Report on the lunatic asylums under the Government of Bombay - 1904-1913
Year: 1904
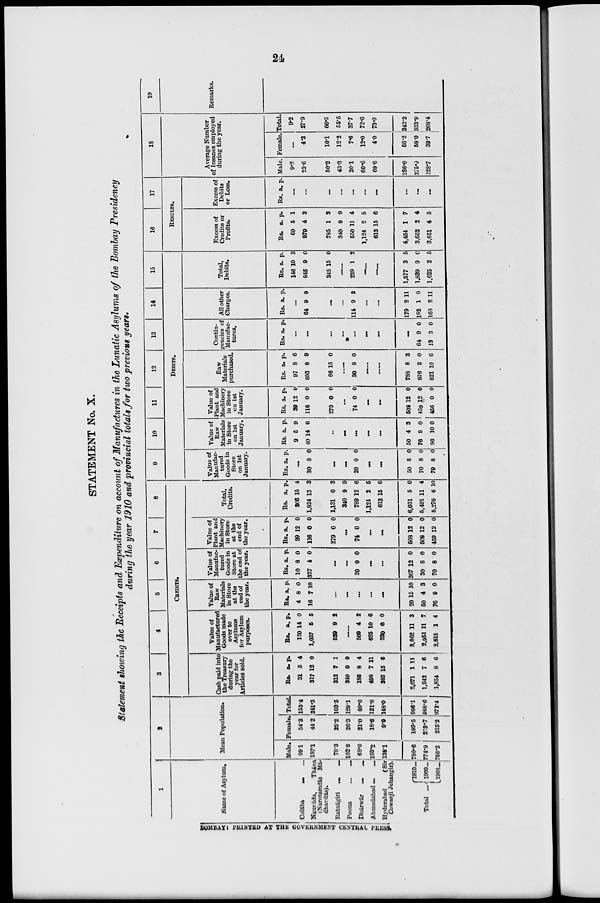
24
STATEMENT No. X.
Statement showing the Receipts and Expenditure on account of Manufactures in the Lunatic Asylums of the Bombay Presidency
during the year 1910 and provincial totals for two previous years.
1
Name of Asylum.
Colába ... ...
Naupáda,
Thána
(Narotamdás Má
dhavdás).
Ratnágiri
...
...
Poona
...
...
Dhárwár
...
...
Ahmedabad ... ...
Hyderabad
(Sir
Cowasji Jehangir).
Total ...
1910...
1909...
1908...
2
Mean Population.
Male.
99.1
197.1
78.3
102.8
68.0
103.2
138.1
786.6
774.9
756.2
Female.
54.3
44.2
25.2
26.3
21.0
18.6
9.9
199.5
213.7
215.2
Total.
153.4
241.3
103.5
129.1
89.0
121.8
148.0
986.1
988.6
971.4
3
4
5
6
7
8
CREDITS.
Cash paid into
the Treasury
during the
year for
Articles sold.
Rs.
31
317
312
340
186
498
383
2,071
1,942
1,854
a.
5
12
7
9
8
7
15
1
7
8
p.
4
0
1
9
4
11
6
11
6
6
Value of
Manufactured
Goods made
over to
Asylums
for Asylum
purposes.
Rs.
120
1,037
539
a.
14
5
9
p.
0
5
2
......
509
625
230
3,062
2,951
2,815
4
10
0
11
11
1
2
6
0
3
7
4
Value of
Raw
Materials
in Store
at the
end of
the year.
Rs.
4
16
a.
8
7
p.
0
10
...
...
...
...
...
20
50
76
15
4
9
10
3
0
Value of
Manufac-
tured
Goods in
Store at
the end of
the year.
Rs.
10
337
a.
8
4
p.
0
0
...
...
20 0 0
...
...
367
30
70
12
8
8
0
0
0
Value of
Plant and
Machinery
in Store
at the
end of
the year.
Rs.
39
116
279
a.
12
0
0
p.
0
0
0
...
74 0 0
...
...
508
508
459
12
12
12
0
0
0
Total,
Credits.
Rs.
206
1,824
1,131
340
789
1,124
613
6,031
5,491
5,276
a.
15
13
0
9
12
2
15
5
11
6
p.
4
3
3
9
6
5
6
0
4
10
9
10
11
12
13
14
15
DEBITS.
Value of
Manufac-
tured
Goods in
Store
on 1st
January.
Rs. a. p.
...
30 8 0
...
...
20 0 0
...
...
50
70
79
8
8
8
0
0
0
Value of
Raw
Materials
in Store
on 1st
January.
Rs.
9
40
a.
5
14
p.
9
6
...
...
...
...
...
50
76
86
4
9
10
3
0
0
Value of
Plant and
Machinery
in Store
on 1st
January.
Rs.
39
116
279
a.
12
0
0
p.
0
0
0
...
74 0 0
...
...
508
459
456
12
12
0
0
0
0
Raw
Materials
purchased.
Rs.
97
593
66
a.
8
8
15
p.
6
9
0
......
30 8 0
......
......
788
976
821
8
2
10
3
0
6
Contin-
gencies of
Manufac-
tures.
Rs. a p.
...
...
...
...
...
...
...
...
64
13
9
3
0
0
All other
Charges.
Rs. a. p.
...
64 9 9
...
...
114 9 2
...
...
179
192
163
2
1
2
11
0
11
Total,
Debits.
Rs.
146
845
345
a.
10
9
15
p.
3
0
0
......
239 1 2
......
......
1,577
1,839
1,625
3
9
2
5
0
5
16
17
RESULTS.
Excess of
Credits or
Profits.
Rs.
60
979
785
340
550
1,124
613
4,454
3,652
3,651
a.
5
4
1
9
11
2
15
1
2
4
p.
1
3
3
9
4
5
6
7
4
5
Excess of
Debits
or Loss.
Rs. a. p.
...
...
...
...
...
...
...
...
...
...
18
Average Number
of Insanes employed
during the year.
Male.
9.2
23.6
50.2
43.3
30.1
60.6
69.0
286.0
275.9
228.7
Female.
...
4.3
16.1
12.2
7.6
12.0
4.0
56.2
58.0
39.7
Total.
9.2
27.9
66.3
55.5
37.7
72.6
73.0
342.2
333.9
268.4
19
Remarks.
BOMBAY: PRINTED AT THE GOVERNMENT CENTRAL PRESS.